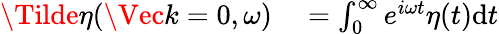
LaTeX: \begin{array}{rl}{\Tilde{\eta}(\Vec{k}=0,\omega)}&{{}=\int_{0}^{\infty}e^{i\omega t}\eta(t)\mathrm{d}t}\end{array}